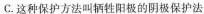
C.这种保护方法叫牺牲阳极的阴极保护法